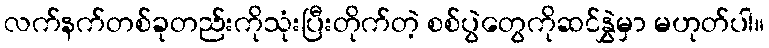
လက်နက်တစ်ခုတည်းကိုသုံးပြီးတိုက်တဲ့ စစ်ပွဲတွေကိုဆင်နွှဲမှာ မဟုတ်ပါ။